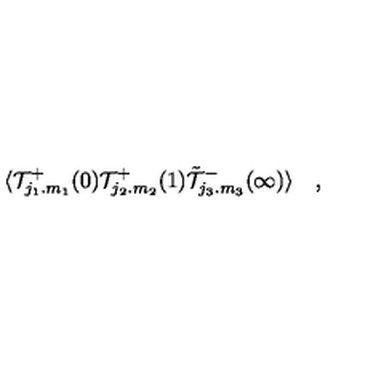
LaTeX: \langle { \cal T } _ { j _ { 1 } . m _ { 1 } } ^ { + } ( 0 ) { \cal T } _ { j _ { 2 } . m _ { 2 } } ^ { + } ( 1 ) \tilde { \cal T } _ { j _ { 3 } . m _ { 3 } } ^ { - } ( \infty ) \rangle \quad ,